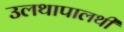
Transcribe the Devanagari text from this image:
उलथापालथी